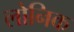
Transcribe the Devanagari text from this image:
लोनिक